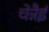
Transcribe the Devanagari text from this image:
चेन्नैई